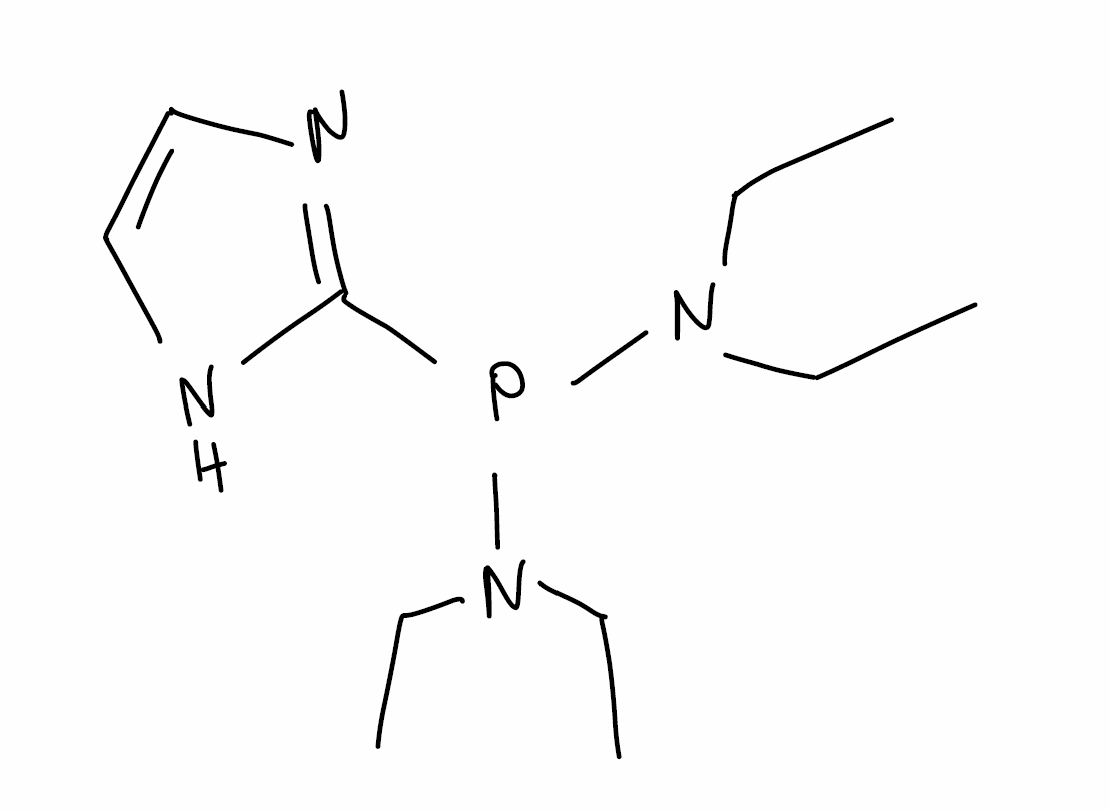
Simplified molecular-input line-entry system (SMILES) notation of the given molecule:
CCN(CC)P(C1=NC=CN1)N(CC)CC